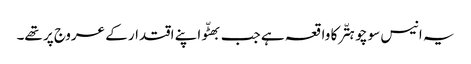
یہ انیس سو چوہتّر کا واقعہ ہے جب بھٹّو اپنے اقتدار کے عروج پر تھے۔